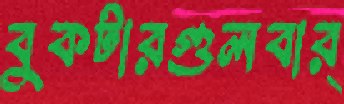
বুকটারগুলবার্